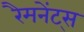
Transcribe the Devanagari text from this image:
रैमनेंट्स